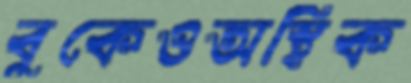
বুকেওঅস্থিক